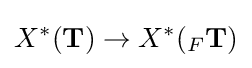
X^{*}(\mathbf {T} )\to X^{*}(_{F}\mathbf {T} )